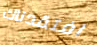
افتقدناك